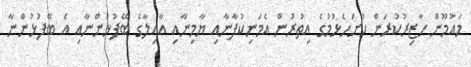
މައުމޫން ހާޒިރުކުރަން ހުށަހެޅުމުގެ އިތުރުން އެމަނިކުފާނާއި ޔާމިނާއި އާއިލާގެ ބޭފުޅުންނާއި އެ ބޭފުޅުންނާ